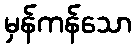
မှန်ကန်သော